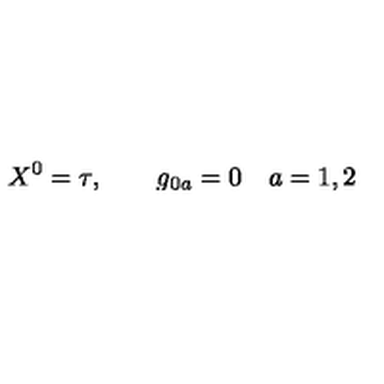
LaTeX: X ^ { 0 } = \tau , \qquad g _ { 0 a } = 0 \quad a = 1 , 2